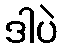
ဒါပဲ